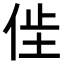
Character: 𫢢